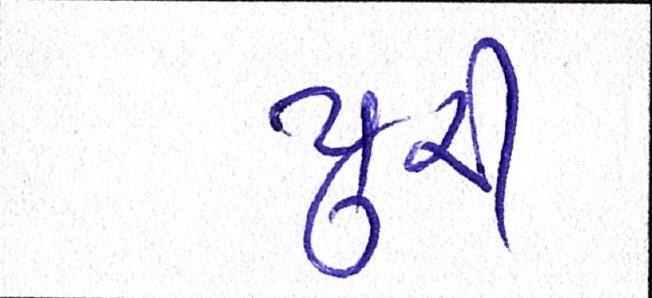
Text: પુરી